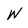
Character: W